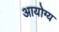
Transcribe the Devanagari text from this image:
आयोग्य